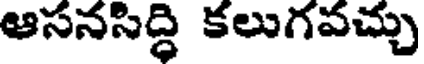
ఆసనసిద్ధి కలుగవచ్చు